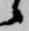
候